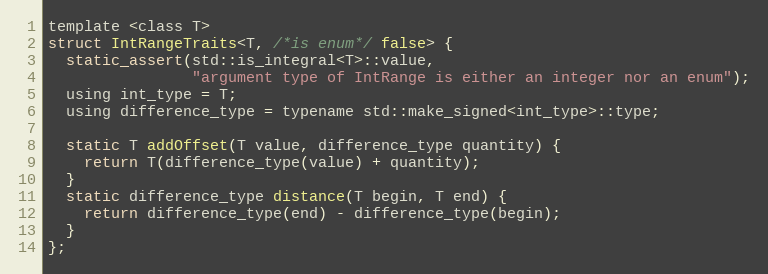
Language: C
template <class T>
struct IntRangeTraits<T, /*is enum*/ false> {
  static_assert(std::is_integral<T>::value,
                "argument type of IntRange is either an integer nor an enum");
  using int_type = T;
  using difference_type = typename std::make_signed<int_type>::type;

  static T addOffset(T value, difference_type quantity) {
    return T(difference_type(value) + quantity);
  }
  static difference_type distance(T begin, T end) {
    return difference_type(end) - difference_type(begin);
  }
};